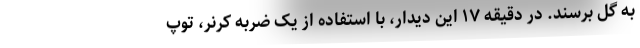
به گل برسند. در دقیقه ۱۷ این دیدار، با استفاده از یک ضربه کرنر، توپ